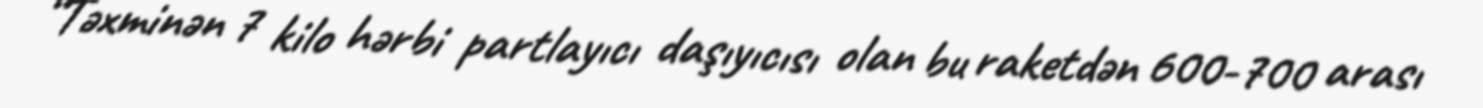
“Təxminən 7 kilo hərbi partlayıcı daşıyıcısı olan bu raketdən 600-700 arası